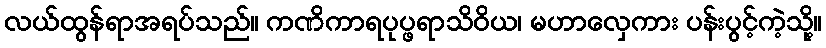
လယ်ထွန်ရာအရပ်သည်။ ကဏိကာရပုပ္ဖရာသိဝိယ၊ မဟာလှေကား ပန်းပွင့်ကဲ့သို့။